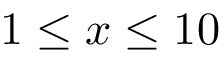
1 \leq x \leq 1 0